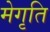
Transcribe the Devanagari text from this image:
मेगृति